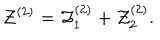
{ \cal Z } ^ { ( 2 ) } = { \cal Z } _ { 1 } ^ { ( 2 ) } + { \cal Z } _ { 2 } ^ { ( 2 ) } .